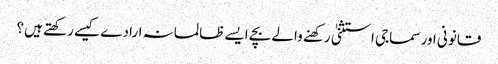
قانونی اور سماجی استثنیٰ رکهنے والے بچے ایسے ظالمانہ ارادے کیسے رکھتے ہیں؟